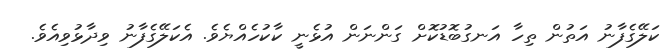
ކަލޭގެފާނު އަތުން ތިހާ އަނގުބޮޑުކޮށް ގަންނަން އުޅެނީ ކާކުހެއްޔެވެ. އެކަލޭގެފާނު ވިދާޅުވިއެވެ.